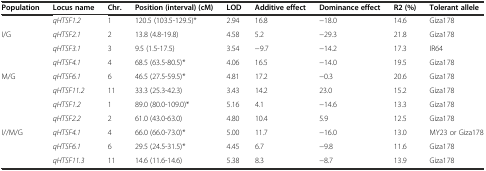
<table><thead><tr><td><b>Population</b></td><td><b>Locus name</b></td><td><b>Chr.</b></td><td><b>Position (interval) (cM)</b></td><td><b>LOD</b></td><td><b>Additive effect</b></td><td><b>Dominance effect</b></td><td><b>R2 (%)</b></td><td><b>Tolerant allele</b></td></tr></thead><tbody><tr><td></td><td><i>qHTSF1.2</i></td><td>1</td><td>120.5 (103.5-129.5)*</td><td>2.94</td><td>16.8</td><td>−18.0</td><td>14.6</td><td>Giza178</td></tr><tr><td>I/G</td><td><i>qHTSF2.1</i></td><td>2</td><td>13.8 (4.8-19.8)</td><td>4.58</td><td>5.2</td><td>−29.3</td><td>21.8</td><td>Giza178</td></tr><tr><td></td><td><i>qHTSF3.1</i></td><td>3</td><td>9.5 (1.5-17.5)</td><td>3.54</td><td>−9.7</td><td>−14.2</td><td>17.3</td><td>IR64</td></tr><tr><td></td><td><i>qHTSF4.1</i></td><td>4</td><td>68.5 (63.5-80.5)*</td><td>4.06</td><td>16.5</td><td>−14.0</td><td>19.5</td><td>Giza178</td></tr><tr><td>M/G</td><td><i>qHTSF6.1</i></td><td>6</td><td>46.5 (27.5-59.5)*</td><td>4.81</td><td>17.2</td><td>−0.3</td><td>20.6</td><td>Giza178</td></tr><tr><td></td><td><i>qHTSF11.2</i></td><td>11</td><td>33.3 (25.3-42.3)</td><td>3.43</td><td>14.2</td><td>23.0</td><td>15.2</td><td>Giza178</td></tr><tr><td></td><td><i>qHTSF1.2</i></td><td>1</td><td>89.0 (80.0-109.0)*</td><td>5.16</td><td>4.1</td><td>−14.6</td><td>13.3</td><td>Giza178</td></tr><tr><td></td><td><i>qHTSF2.2</i></td><td>2</td><td>61.0 (43.0-63.0)</td><td>4.80</td><td>10.4</td><td>5.9</td><td>12.5</td><td>Giza178</td></tr><tr><td>I//M/G</td><td><i>qHTSF4.1</i></td><td>4</td><td>66.0 (66.0-73.0)*</td><td>5.00</td><td>11.7</td><td>−16.0</td><td>13.0</td><td>MY23 or Giza178</td></tr><tr><td></td><td><i>qHTSF6.1</i></td><td>6</td><td>29.5 (24.5-31.5)*</td><td>4.45</td><td>6.7</td><td>−9.8</td><td>11.6</td><td>Giza178</td></tr><tr><td></td><td><i>qHTSF11.3</i></td><td>11</td><td>14.6 (11.6-14.6)</td><td>5.38</td><td>8.3</td><td>−8.7</td><td>13.9</td><td>Giza178</td></tr></tbody></table>